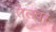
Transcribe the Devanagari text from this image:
तेलवर